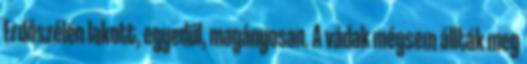
Erdőszélén lakott, egyedül, magányosan. A vádak mégsem állták meg